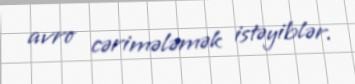
avro cərimələmək istəyiblər.